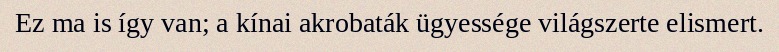
Ez ma is így van; a kínai akrobaták ügyessége világszerte elismert.